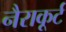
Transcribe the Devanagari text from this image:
नैराकूर्ट